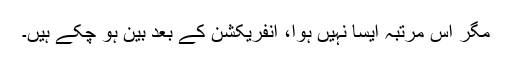
مگر اس مرتبہ ایسا نہیں ہوا، انفریکشن کے بعد بین ہو چکے ہیں۔